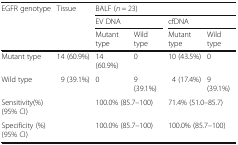
| <ROWSPAN=3> EGFR genotype | <ROWSPAN=3> Tissue | <COLSPAN=4> BALF (n = 23) |
 | <COLSPAN=2> EV DNA | <COLSPAN=2> cfDNA |
 | Mutant type | Wild type | Mutant type | Wild type |
 | --- | --- | --- | --- | --- | --- |
 | Mutant type | 14 (60.9%) | 14 (60.9%) | 0 | 10 (43.5%) | 0 |
 | Wild type | 9 (39.1%) | 0 | 9 (39.1%) | 4 (17.4%) | 9 (39.1%) |
 | <COLSPAN=2> Sensitivity(%)(95% CI) | <COLSPAN=2> 100.0% (85.7–100) | <COLSPAN=2> 71.4% (51.0–85.7) |
 | <COLSPAN=2> Specificity (%) (95% CI) | <COLSPAN=2> 100.0% (85.7–100) | <COLSPAN=2> 100.0% (85.7–100) |